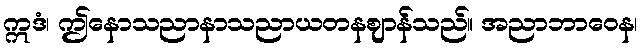
ဣဒံ၊ ဤနောသညာနာသညာယတနဈာန်သည်။ အညာဘာဝေန၊